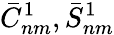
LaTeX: {\bar{C}}_{nm}^{1},{\bar{S}}_{nm}^{1}